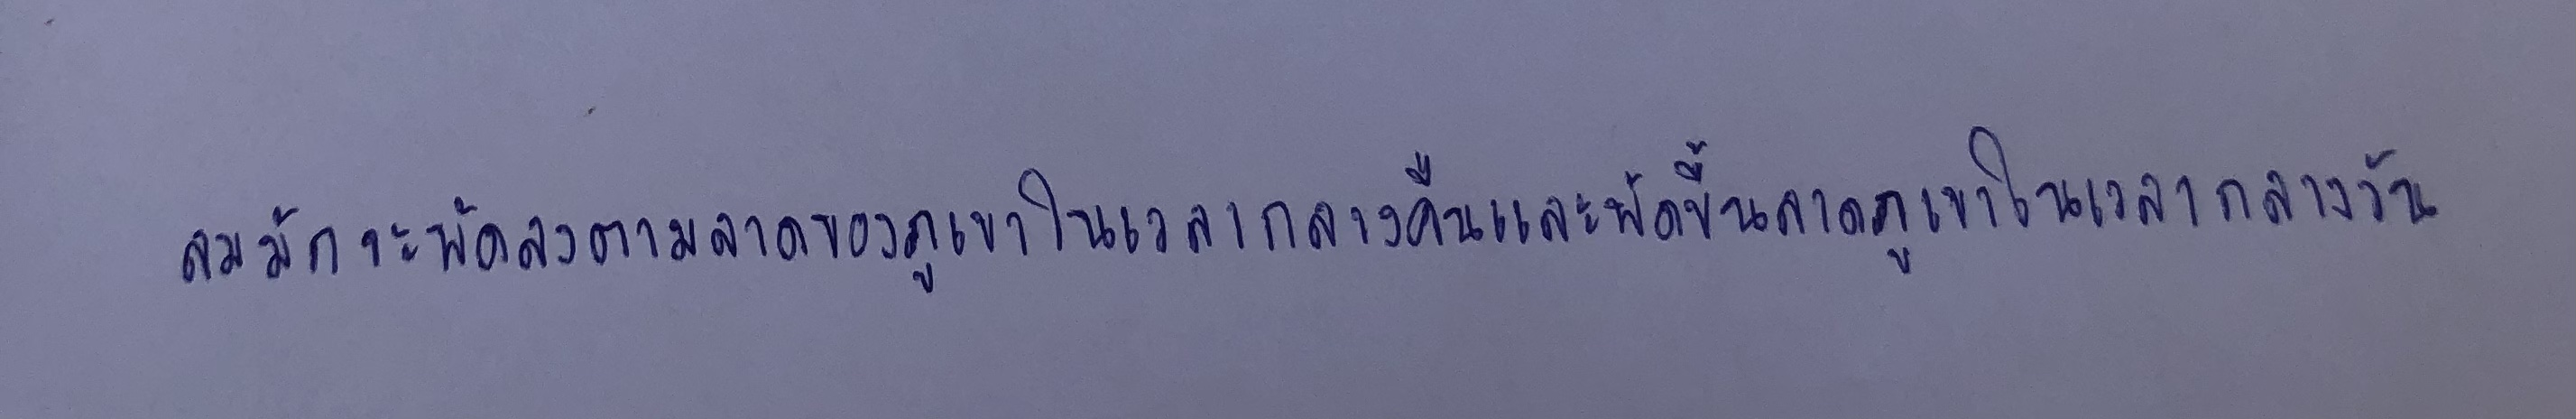
ลมมักจะพัดลงตามลาดของภูเขาในเวลากลางคืนและพัดขึ้นลาดภูเขาในเวลากลางวัน